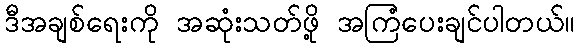
ဒီအချစ်ရေးကို အဆုံးသတ်ဖို့ အကြံပေးချင်ပါတယ်။